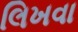
લિખવા